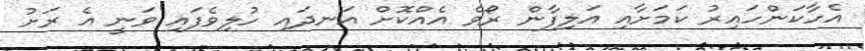
އެހާކަންހައިރު ކަމަށާއި އަލިފާން ރޯވެ އެއްކޮށް އަނދައި ހުލިވެފައި ވަނީ އެ ރަށު